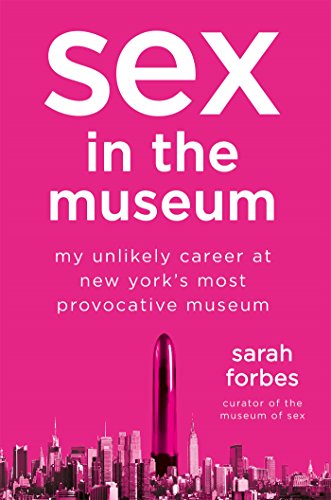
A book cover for Sex in the Museum: My Unlikely Career at New York's Most Provocative Museum; Sarah Forbes; Biographies & Memoirs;